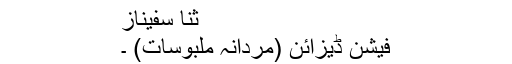
ثنا سفیناز
فیشن ڈیزائن (مردانہ ملبوسات) ۔